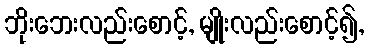
ဘိုးဘေးလည်းစောင့်, မျိုးလည်းစောင့်၍,